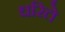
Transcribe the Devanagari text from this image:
धरिते